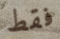
فقط